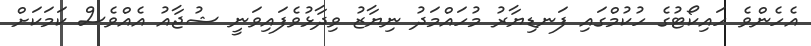
އެހެންވެ ހައިކޯޓުގެ ހުކުމްގައި ފަނޑިޔާރު މުހައްމަދު ނިޔާޒު ވިދާޅުވެފައިވަނީ ޝުޖާއު އެއްވެސް ކަމަކަށް